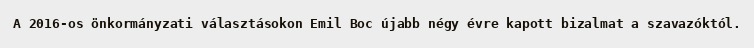
A 2016-os önkormányzati választásokon Emil Boc újabb négy évre kapott bizalmat a szavazóktól.